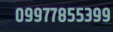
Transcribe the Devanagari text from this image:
०९९७७८५५३९९